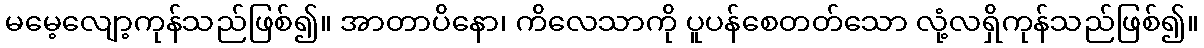
မမေ့လျော့ကုန်သည်ဖြစ်၍။ အာတာပိနော၊ ကိလေသာကို ပူပန်စေတတ်သော လုံ့လရှိကုန်သည်ဖြစ်၍။